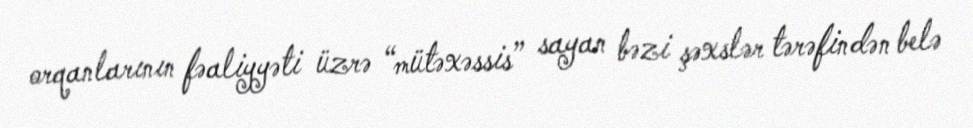
orqanlarının fəaliyyəti üzrə “mütəxəssis” sayan bəzi şəxslər tərəfindən belə